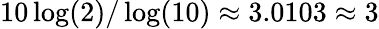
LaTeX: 10\log(2)/\log(10)\approx 3.0103\approx 3